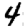
Digit: 4